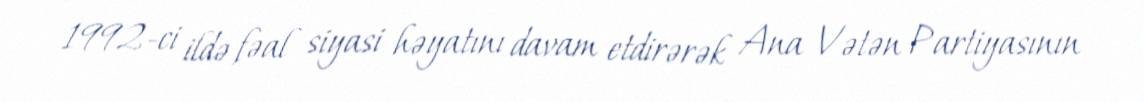
1992-ci ildə fəal siyasi həyatını davam etdirərək Ana Vətən Partiyasının